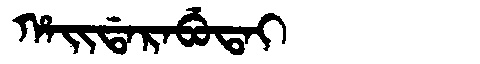
Manchu: ᡥᠠᡳᡩᠠᡵᠠᠪᡠᡨᠠᡳ
Romanization: HAIDARABUTAI